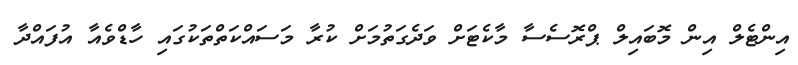
އިންޓެލް އިން މޮބައިލް ޕްރޮސެސާ މާކެޓަށް ވަދެގަތުމަށް ކުރާ މަސައްކަތްތަކުގައި ހާޑްވެއާ އުފައްދާ